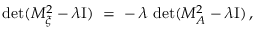
\operatorname * { d e t } ( M _ { \xi } ^ { 2 } - \lambda \mathrm { I } ) \ = \ - \, \lambda \, \operatorname * { d e t } ( M _ { A } ^ { 2 } - \lambda \mathrm { I } ) \, ,